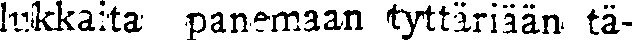
lukkaita panemaan tyttäriään tä-